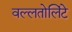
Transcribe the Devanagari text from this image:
वल्लतोलिंटे